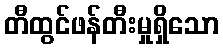
တီထွင်ဖန်တီးမှုရှိသော